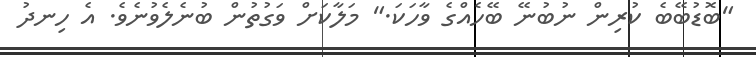
"ބޮޑުބޭބެ ކުރިން ނުބުނޭ ބޭހެއްގެ ވާހަކަ." މަލާކަށް ވަގުތުން ބުނެލެވުނެވެ. އެ ހިނދު